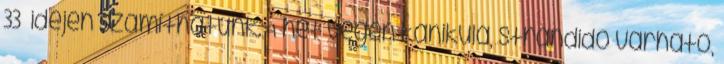
33° idején számíthatunk. A hét végén kánikula, strandidő várható,